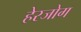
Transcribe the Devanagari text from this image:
हेरजोग